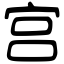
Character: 宫